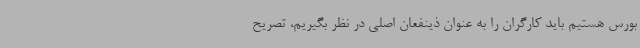
بورس هستیم باید کارگران را به عنوان ذینفعان اصلی در نظر بگیریم، تصریح